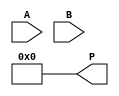
module booth_multiplier #(parameter N = 8) (
    input signed [N-1:0] A,     // Multiplicand
    input signed [N-1:0] B,     // Multiplier
    output reg signed [2*N-1:0] P // Product
);

    reg signed [N-1:0] M;        // Multiplicand register
    reg signed [N-1:0] Q;        // Multiplier register
    reg Q_1;                     // Previous LSB of Q
    reg signed [2*N-1:0] A_neg;  // Negated multiplicand
    integer i;

    // Negate the multiplicand for subtraction
    always @(*) begin
        A_neg = -A;
    end

    // Initialization
    always @(*) begin
        M = A;           // Load multiplicand
        Q = B;           // Load multiplier
        P = 0;           // Initialize product
        Q_1 = 0;         // Initialize Q-1
    end

    // Booth's algorithm implementation
    always @(A, B) begin
        // Repeat for N bits
        for (i = 0; i < N; i = i + 1) begin
            case ({Q[0], Q_1})
                2'b00: begin
                    // No action
                end
                2'b01: begin
                    // Add M to P
                    P = P + M;
                end
                2'b10: begin
                    // Subtract M from P
                    P = P + A_neg;
                end
                2'b11: begin
                    // No action
                end
            endcase
            
            // Arithmetic right shift
            {P, Q} = {P[2*N-1], P[2*N-1:N], Q[N-1:1]}; // Shift P and Q
            Q_1 = Q[0]; // Update Q-1
        end
    end

endmodule